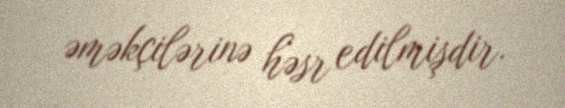
əməkçilərinə həsr edilmişdir.